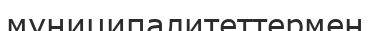
муниципалитеттермен